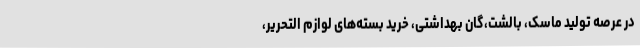
در عرصه تولید ماسک، بالشت،گان بهداشتی، خرید بسته‌های لوازم التحریر،